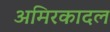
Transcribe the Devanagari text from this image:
अमिरकादल